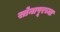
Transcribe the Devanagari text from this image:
सोनापूरच्या